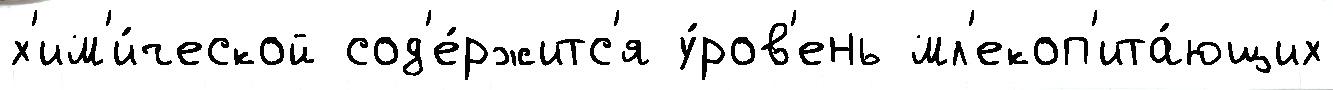
х'им'и́ческой сод'е́ржитс'я у́ров'ень мл'екоп'ита́ющих